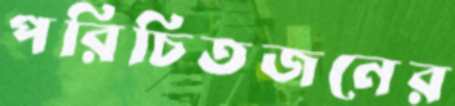
পরিচিতজনের